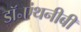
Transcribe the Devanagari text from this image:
डॉ॰एंथनीबी